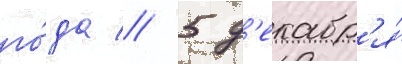
го́да // 5 д'екабр'я́